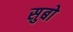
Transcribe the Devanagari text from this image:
सुबो